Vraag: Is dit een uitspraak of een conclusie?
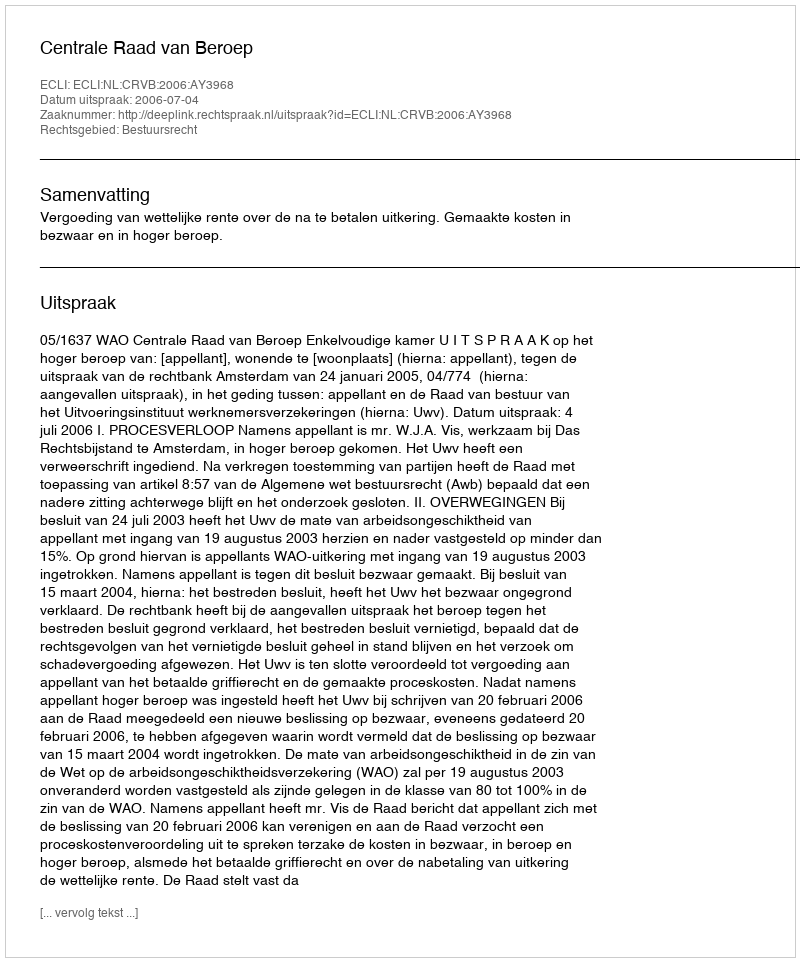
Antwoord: Uitspraak